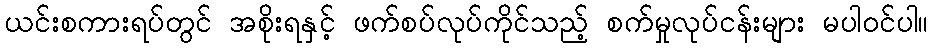
ယင်းစကားရပ်တွင် အစိုးရနှင့် ဖက်စပ်လုပ်ကိုင်သည့် စက်မှုလုပ်ငန်းများ မပါဝင်ပါ။